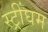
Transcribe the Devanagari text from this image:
स्ट्रींघम